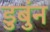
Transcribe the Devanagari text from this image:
डुबुंन